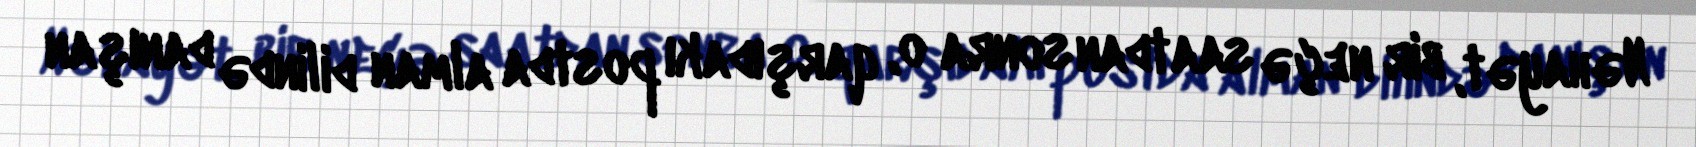
Nəhayət, bir neçə saatdan sonra o, qarşıdakı postda alman dilində danışan